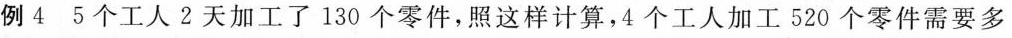
例4 5个工人2天加工了130个零件，照这样计算，4个工人加工520个零件需要多